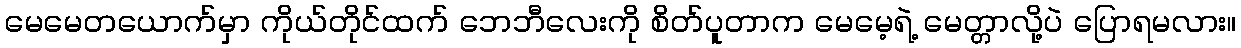
မေမေတယောက်မှာ ကိုယ်တိုင်ထက် ဘေဘီလေးကို စိတ်ပူတာက မေမေ့ရဲ့ မေတ္တာလို့ပဲ ပြောရမလား။